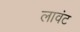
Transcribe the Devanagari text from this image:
लावंट